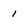
Character: 1